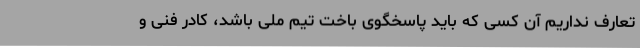
تعارف نداریم آن کسی که باید پاسخگوی باخت تیم ملی باشد، کادر فنی و